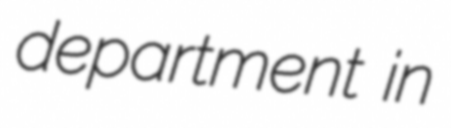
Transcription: department in